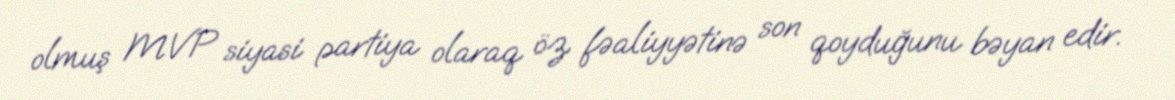
olmuş MVP siyasi partiya olaraq öz fəaliyyətinə son qoyduğunu bəyan edir.